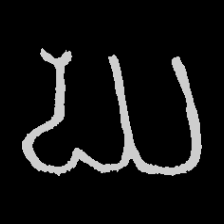
Pyu character \u2014 Myanmar letter: ဃ (romanized: gha)